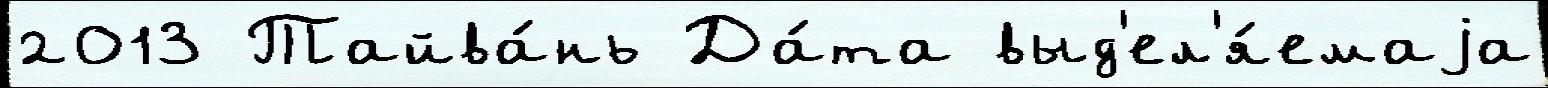
2013 Тайва́нь Да́та выд'ел'я́емаjа